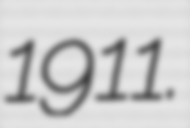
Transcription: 1911.